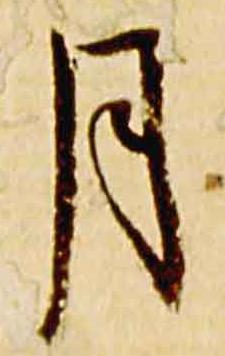
月